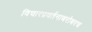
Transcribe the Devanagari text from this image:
विचारप्रवर्तनाबरोबरच